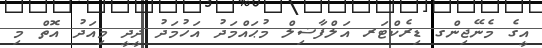
އީގެ މެނޭޖިންގ ޑިރެކްޓަރ އަލްފާޟިލް މުޙައްމަދު އަހުމަދު ދީދީ މިއަދު އޮތް މި